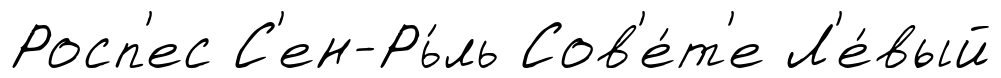
Росп'ес С'ен-Рь́ль Сов'е́т'е Л'е́вый